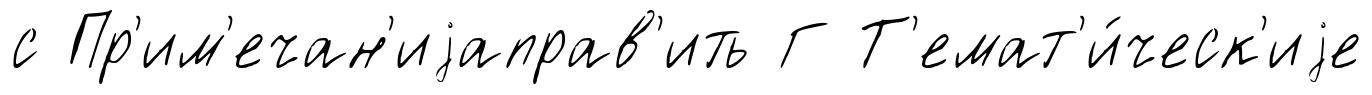
с Пр'им'ечан'иjаправ'ить Г Т'емат'и́ческ'иjе